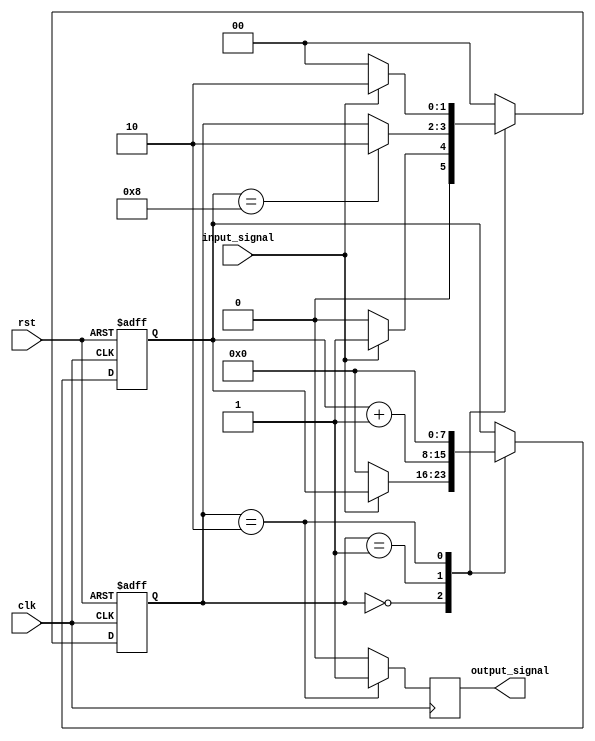
module debounce_circuit(
    input wire clk,
    input wire rst,
    input wire input_signal,
    output reg output_signal
);

reg [1:0] debounce_state;
reg [7:0] debounce_counter;

parameter DEBOUNCE_DELAY = 8;

always @(posedge clk or posedge rst) begin
    if (rst) begin
        debounce_state <= 2'b00;
        debounce_counter <= 8'b0;
    end else begin
        case(debounce_state)
            2'b00: begin // Waiting for stable signal
                if (input_signal) begin
                    debounce_state <= 2'b01;
                end else begin
                    debounce_state <= 2'b00;
                    debounce_counter <= 8'b0;
                end
            end
            2'b01: begin // Signal is transitioning
                debounce_counter <= debounce_counter + 1;
                if (debounce_counter == DEBOUNCE_DELAY) begin
                    debounce_state <= 2'b10;
                end
            end
            2'b10: begin // Signal has settled
                if (!input_signal) begin
                    debounce_state <= 2'b00;
                    debounce_counter <= 8'b0;
                end else begin
                    debounce_state <= 2'b10;
                    debounce_counter <= 8'b0;
                end
            end
            default: debounce_state <= 2'b00;
        endcase
    end
end

always @(posedge clk) begin
    if (debounce_state == 2'b10) begin
        output_signal <= 1'b1;
    end else begin
        output_signal <= 1'b0;
    end
end

endmodule